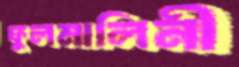
ফুলমালিনী